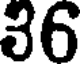
36